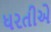
ધરતીએ